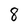
Character: 8